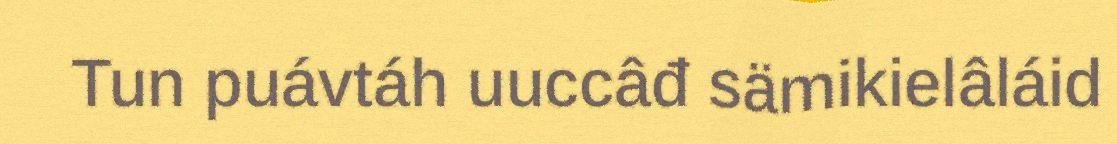
Tun puávtáh uuccâđ sämikielâláid